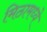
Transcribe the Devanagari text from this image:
मिठामध्ये